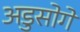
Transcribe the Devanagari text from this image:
अडुसोगे